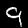
Label: 9